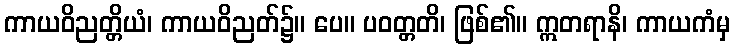
ကာယဝိညတ္တိယံ၊ ကာယဝိညတ်၌။ ပေ။ ပဝတ္တတိ၊ ဖြစ်၏။ ဣတရာနိ၊ ကာယကံမှ